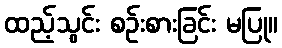
ထည့်သွင်း စဉ်းစားခြင်း မပြု။